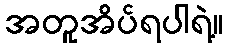
အတူအိပ်ရပါရဲ့။